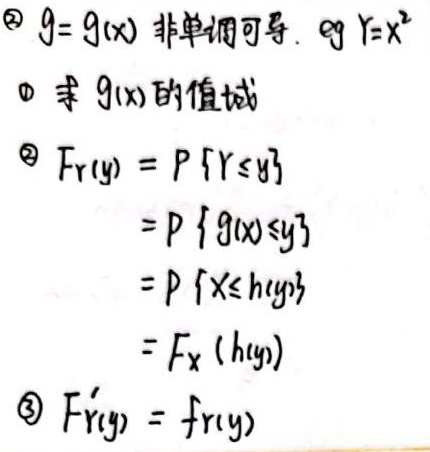
\textcircled{2} $g = g(x)$ 非单调可导. 令 $Y = X^{2}$
\textcircled{1} 求 $g(x)$ 的值域
\textcircled{2} $F_Y(y)=P\{Y\leq y\}$
$=P\{g(x)\leq y\}$
$=P\{X\leq h(y)\}$
$=F_X(h(y))$
\textcircled{3} $F_Y^{\prime}(y)=f_Y(y)$